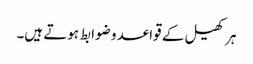
ہر کھیل کے قواعد و ضوابط ہوتے ہیں۔